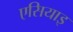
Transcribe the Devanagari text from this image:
एसियाइ